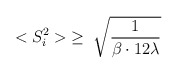
\begin{align*}<S_i^2>\; \ge\; {\sqrt \frac{1}{\beta \cdot 12 \lambda}}\end{align*}